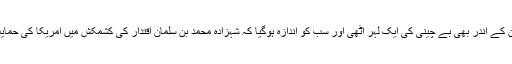
‘ اِس ملاقات کے بعد سعودی شاہی خاندان کے اندر بھی بے چینی کی ایک لہر اُٹھی اور سب کو اندازہ ہوگیا کہ شہزادہ محمد بن سلمان اقتدار کی کشمکش میں امریکا کی حمایت حاصل کرنے میں کامیاب ہوگئے ہیں۔